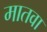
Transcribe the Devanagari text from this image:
मातवा